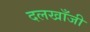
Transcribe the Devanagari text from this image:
दलखाँजी